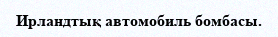
Ирландтық автомобиль бомбасы.